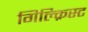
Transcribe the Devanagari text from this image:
गिल्क्रिस्ट